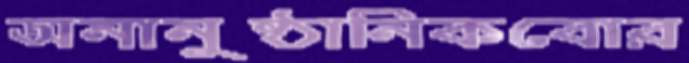
অনানুষ্ঠানিকবোর